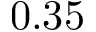
0 . 3 5